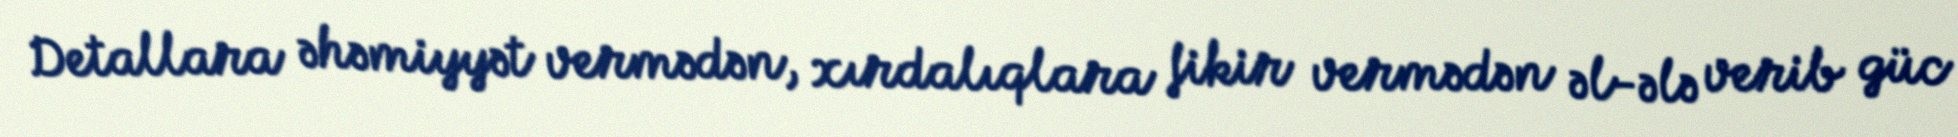
Detallara əhəmiyyət vermədən, xırdalıqlara fikir vermədən əl-ələ verib güc